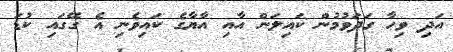
އަދި ވިހާ ގަދަވުމުން ކައިލަން އާއި އާޔާގެ ކައިވެނި އެ ގޭގައި ކުޑަ